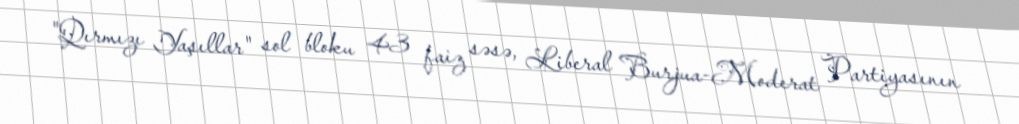
"Qırmızı Yaşıllar" sol bloku 43 faiz səsə, Liberal Burjua-Moderat Partiyasının